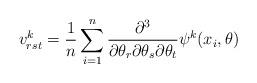
LaTeX: \begin{align*}v^k_{rst} = \frac{1}{n} \sum_{i=1}^n \frac{\partial^3}{ \partial \theta_r \partial \theta_s \partial \theta_t} \psi^k(x_i, \theta)\end{align*}